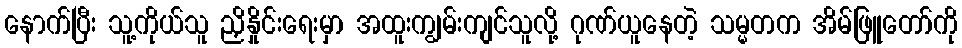
နောက်ပြီး သူ့ကိုယ်သူ ညှိနှိုင်းရေးမှာ အထူးကျွမ်းကျင်သူလို့ ဂုဏ်ယူနေတဲ့ သမ္မတက အိမ်ဖြူတော်ကို